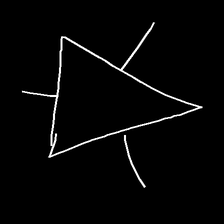
Glyph: fire